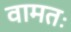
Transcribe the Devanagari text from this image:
वामतः